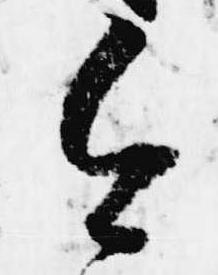
令